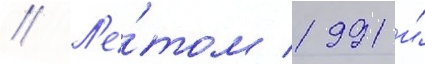
// Л'е́том 1991 и́